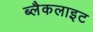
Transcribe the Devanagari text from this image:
ब्लैकलाइट